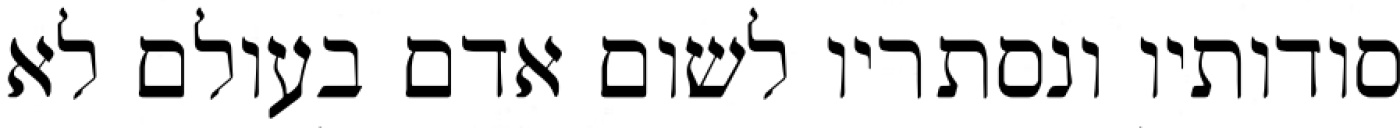
סודותיו ונסתריו לשום אדם בעולם לא